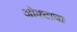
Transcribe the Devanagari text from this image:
ओक्टावा